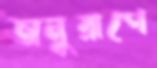
অনুরাগে